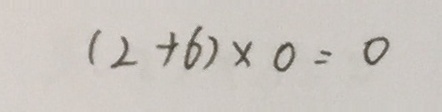
( 2 + 6 ) \times 0 = 0